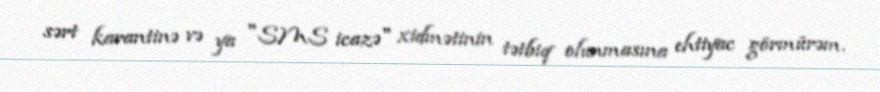
sərt karantinə və ya "SMS icazə" xidmətinin tətbiq olunmasına ehtiyac görmürəm.